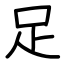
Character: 足